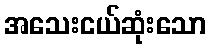
အသေးငယ်ဆုံးသော